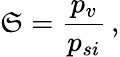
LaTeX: \mathfrak{S}=\frac{{p_{v}}}{{p_{si}}}\, ,